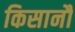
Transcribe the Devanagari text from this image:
किसानौं